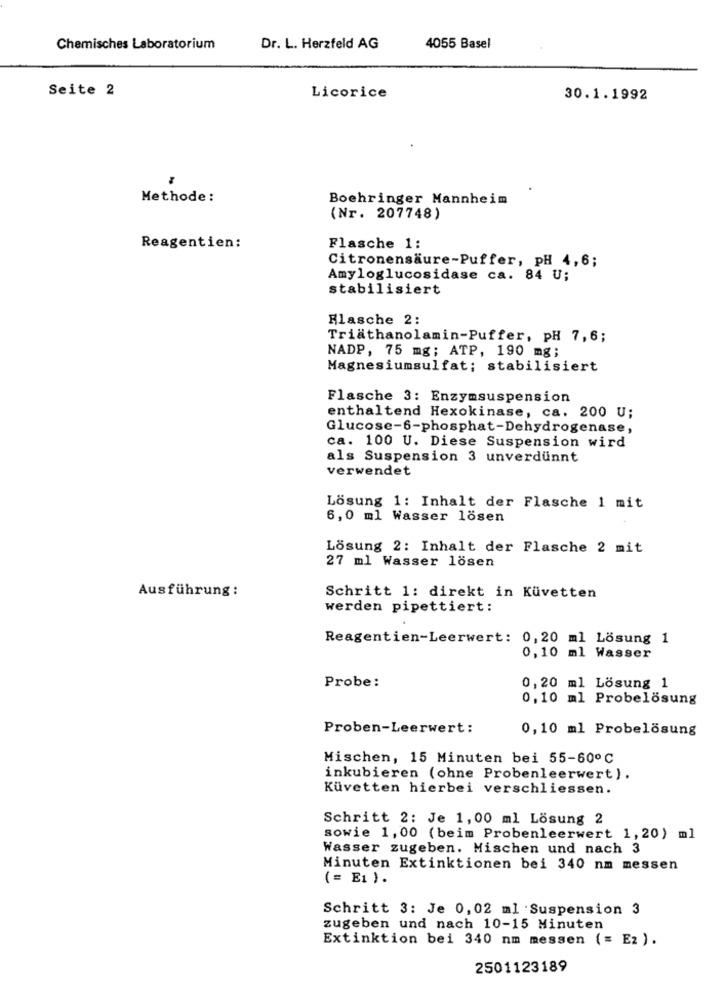
Chemisches Laboratorium
Dr. L. Herzfeld AG
4055 Basel
Seite 2
Licorice
30.1.1992
Methode:
Boehringer Mannheim
(Nr. 207748)
Reagentien:
Flasche 1:
Citronensäure-Puffer, pH 4,6;
Amyloglucosidase ca. 84 U;
stabilisiert
Flasche 2:
Triathanolamin-Puffer, pH 7,6;
NADP, 75 mg; ATP, 190 mg;
Magnesiumsulfat; stabilisiert
Flasche 3: Enzymsuspension
enthaltend Hexokinase, ca. 200 U;
Glucose-6-phosphat-Dehydrogenase,
ca. 100 U. Diese Suspension wird
als Suspension 3 unverdünnt
verwendet
Lösung 1: Inhalt der Flasche 1 mit
6,0 ml Wasser lösen
Lösung 2: Inhalt der Flasche 2 mit
27 ml Wasser lösen
Ausführung:
Schritt 1: direkt in Küvetten
werden pipettiert:
Reagentien-Leerwert: 0,20 ml Lösung 1
0,10 ml Wasser
Probe:
0,20 ml Lösung 1
0,10 ml Probelösung
Proben-Leerwert:
0,10 ml Probelösung
Mischen, 15 Minuten bei 55-60º℃
inkubieren (ohne Probenleerwert).
Küvetten hierbei verschliessen.
Schritt 2: Je 1,00 ml Lösung 2
sowie 1,00 (beim Probenleerwert 1,20) ml
Wasser zugeben. Mischen und nach 3
Minuten Extinktionen bei 340 nm messen
(= E1 ) .
Schritt 3: Je 0,02 ml Suspension 3
zugeben und nach 10-15 Minuten
Extinktion bei 340 nm messen (= E2 ).
2501123189